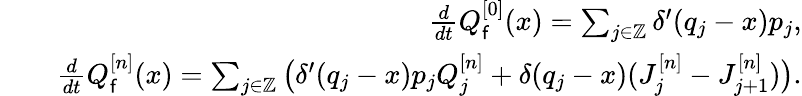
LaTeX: \begin{array}{rlr}&{}&{\frac{d}{dt}Q_{\mathsf{f}}^{[0]}(x)=\sum_{j\in\mathbb{Z}}\delta^{\prime}(q_{j}-x)p_{j},}\\ &{}&{\frac{d}{dt}Q_{\mathsf{f}}^{[n]}(x)=\sum_{j\in\mathbb{Z}}\big(\delta^{\prime}(q_{j}-x)p_{j}Q_{j}^{[n]}+\delta(q_{j}-x)(J_{j}^{[n]}-J_{j+1}^{[n]})\big).}\end{array}